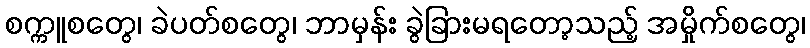
စက္ကူစတွေ၊ ခဲပတ်စတွေ၊ ဘာမှန်း ခွဲခြားမရတော့သည့် အမှိုက်စတွေ၊